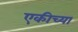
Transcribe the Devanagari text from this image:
एकीच्या